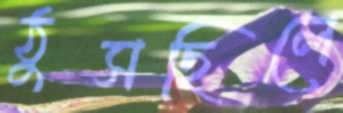
ঠুসছিলে